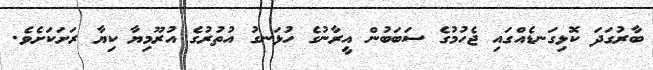
ބާރުގަދަ ކޮޅިގަނޑެއްގައި ޖެހުމުގެ ސަބަބުން އީރާނުގެ ހުޅަނގު އުތުރުގެ އުރޫމިޔާ ކިޔާ ރަށަކަށެވެ.